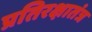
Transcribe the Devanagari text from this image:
प्रतिरक्षातंत्र